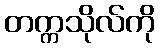
တက္ကသိုလ်ကို